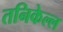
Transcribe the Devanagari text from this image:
तनिकेल्ल